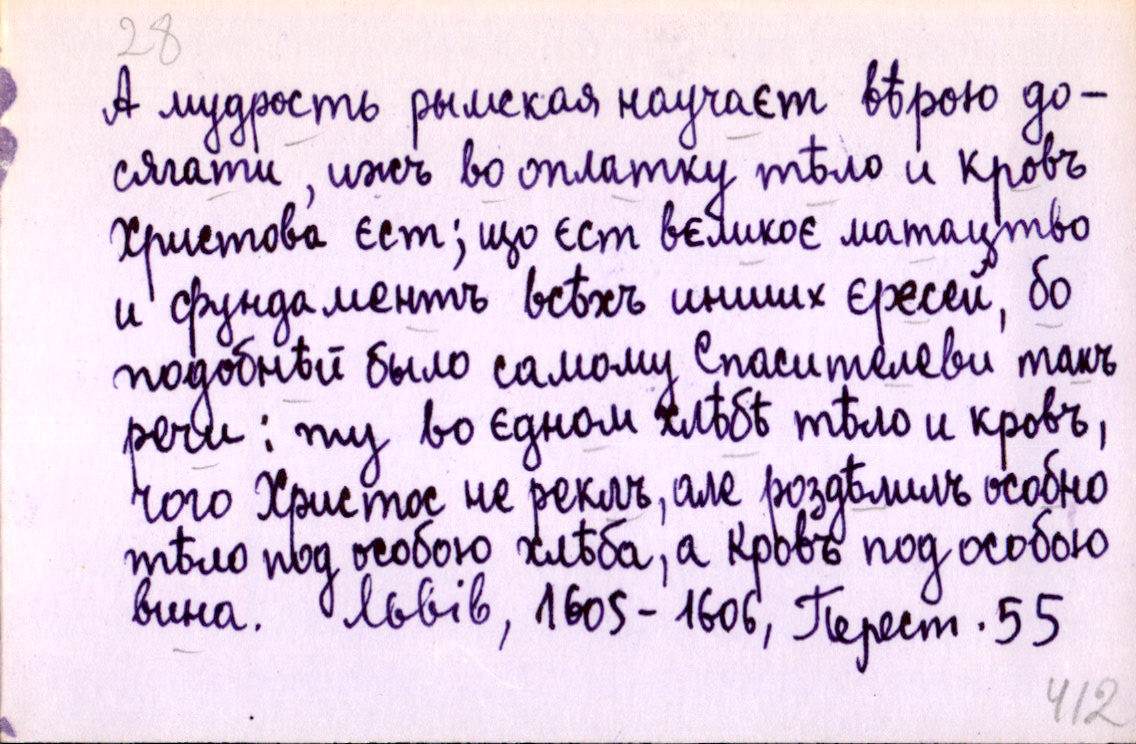
А мудрость рымская научаєт вѣрою до-
сягати, ижъ во оплатку тѣло и кровъ
Христова єст; що єст вєликоє матацтво
и фундаментъ всѣхъ инших єресей, бо
подобнѣй было самому Спасителеви такъ
речи: ту во єдном хлѣбѣ тѣло и кровъ,
чого Христос не реклъ, але роздѣлилъ особно
тѣло под особою хлѣба, а кровъ под особою
вина.
Львів, 1605-1606, Перест. 55